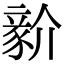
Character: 𧱘